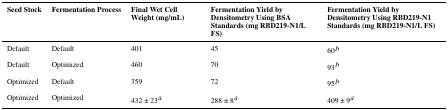
| Seed Stock | Fermentation Process | Final Wet Cell Weight (mg/mL) | Fermentation Yield by Densitometry Using BSA Standards (mg RBD219-N1/L FS) | Fermentation Yield by Densitometry Using RBD219-N1 Standards (mg RBD219-N1/L FS) |
 | --- | --- | --- | --- | --- |
 | Default | Default | 401 | 45 | 60b |
 | Default | Optimized | 460 | 70 | 93b |
 | Optimized | Default | 359 | 72 | 95b |
 | Optimized | Optimized | 432 ± 23a | 288 ± 8a | 409 ± 9a |